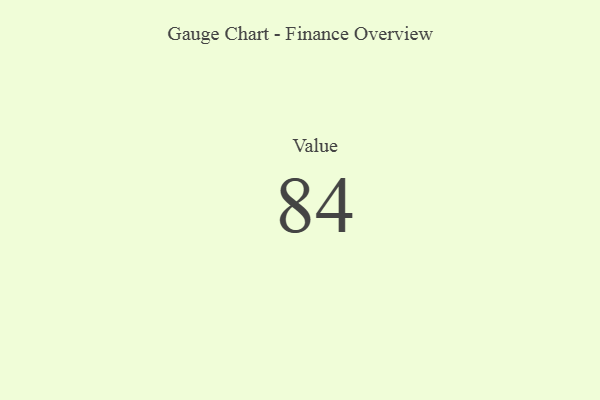
{"axis": {"x": "Metric", "y": "Value"}, "legend": [""], "data": [{"x": "Value", "y": 84, "type": ""}]}